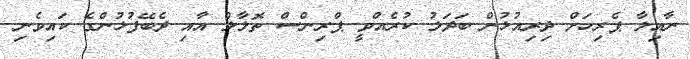
ނާއިލާ ޕެރިހަށް ދިރިއުޅުން ބަދަލު ކުރެއްވީ ޕްރިންސް ތޮލާލް އާއި ދެބޭފުޅުންގެ ކައިވެނި